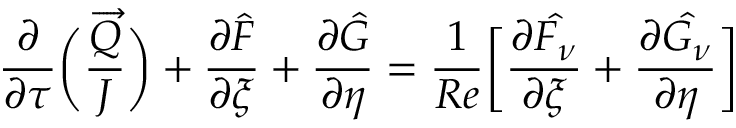
\frac { \partial } { \partial \tau } \bigg ( \frac { \overrightarrow { Q } } { J } \bigg ) + \frac { \partial \hat { F } } { \partial \xi } + \frac { \partial \hat { G } } { \partial \eta } = \frac { 1 } { R e } \bigg [ \frac { \partial \hat { F _ { \nu } } } { \partial \xi } + \frac { \partial \hat { G _ { \nu } } } { \partial \eta } \bigg ]